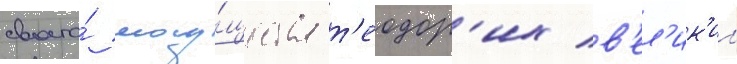
своего́ могу́щества т'еодор'их в'ел'ик'ии